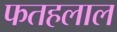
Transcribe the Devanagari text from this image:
फतहलाल